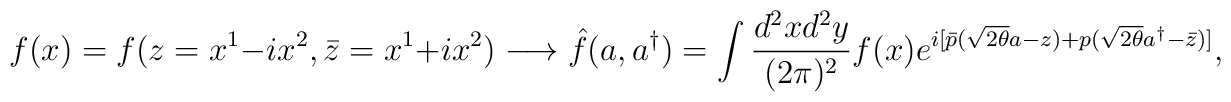
f(x) = f(z = x^1 - i x^2, \bar{z} = x^1 + i x^2) \longrightarrow\hat{f}(a, a^\dagger) = \int \frac{d^2 x d^2 y}{(2 \pi)^2} f(x)e^{i[\bar{p}(\sqrt{2\theta}a - z) + p(\sqrt{2\theta} a^\dagger -\bar{z})]},